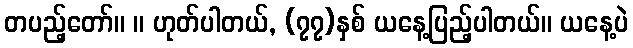
တပည့်တော်။ ။ ဟုတ်ပါတယ်, (၇၇)နှစ် ယနေ့ပြည့်ပါတယ်။ ယနေ့ပဲ